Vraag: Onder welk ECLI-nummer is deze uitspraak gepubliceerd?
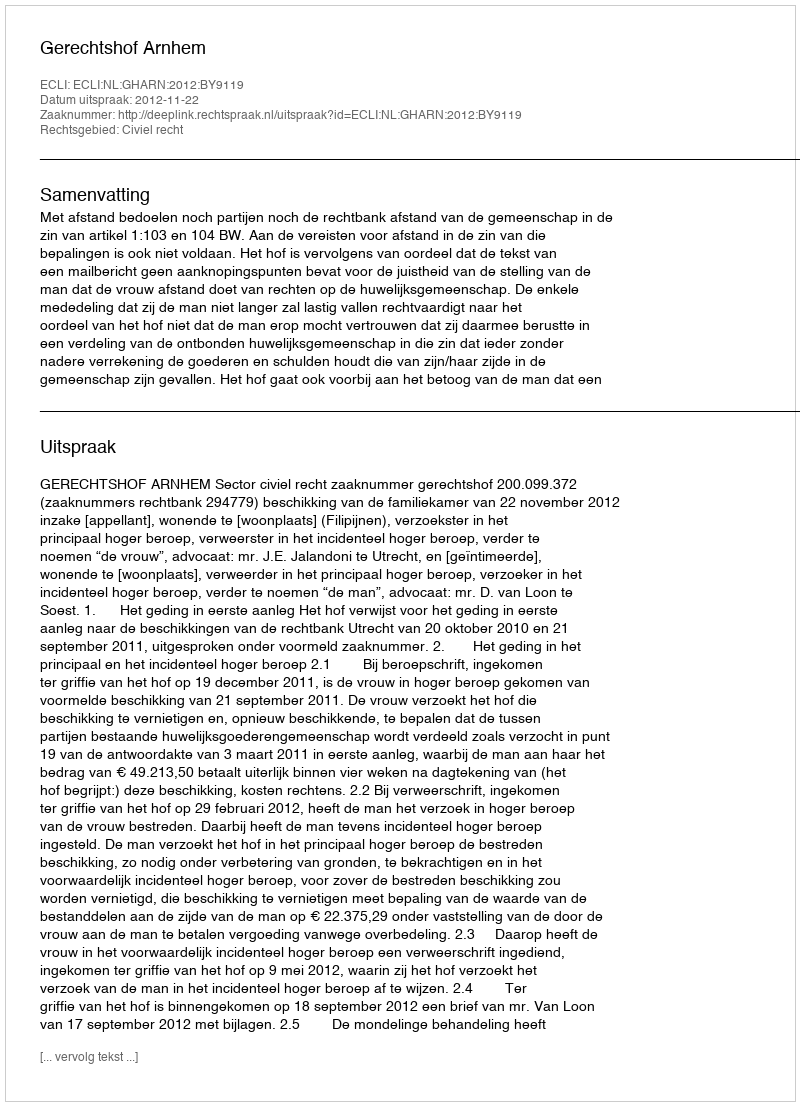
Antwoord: ECLI:NL:GHARN:2012:BY9119